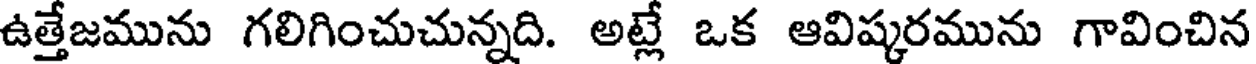
ఉత్తేజమును గలిగించుచున్నది. అట్లే ఒక ఆవిష్కరమును గావించిన